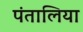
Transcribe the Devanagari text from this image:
पंतालिया